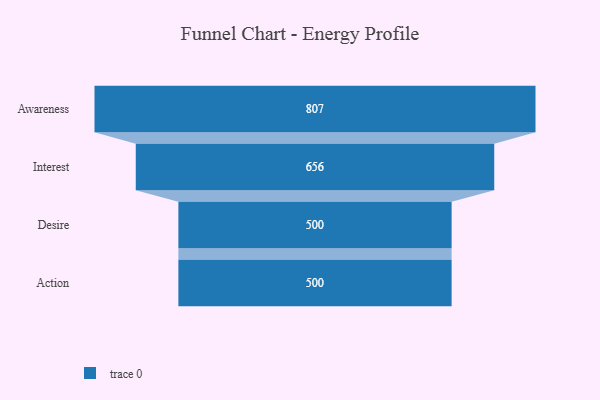
{"axis": {"x": "Stage", "y": "Value"}, "legend": [""], "data": [{"x": "Awareness", "y": 807.0, "type": ""}, {"x": "Interest", "y": 656.0, "type": ""}, {"x": "Desire", "y": 500, "type": ""}, {"x": "Action", "y": 500, "type": ""}]}